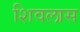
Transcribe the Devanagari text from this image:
शिवलास